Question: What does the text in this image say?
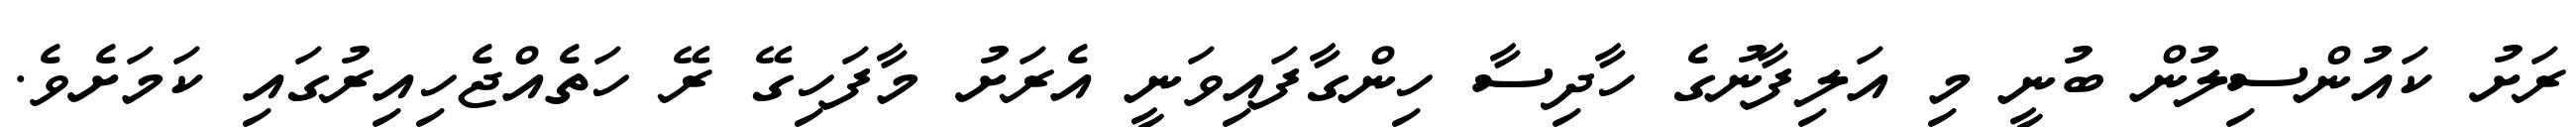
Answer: ރަށު ކައުންސިލުން ބުނީ މި އަލިފާނުގެ ހާދިސާ ހިންގާފައިވަނީ އެރަށު މާފަހިގޭ ރޭ ހަތެއްޖެހިއިރުގައި ކަމަށެވެ.